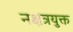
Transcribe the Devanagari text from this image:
नक्षत्रयुक्त